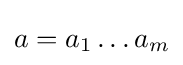
a=a_{1}\ldots a_{m}